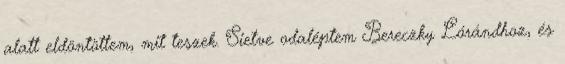
alatt eldöntöttem, mit teszek. Sietve oda­léptem Bereczky Lórándhoz, és